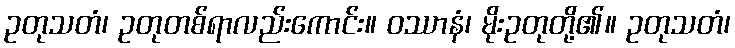
ဥတုသတံ၊ ဥတုတစ်ရာလည်းကောင်း။ ဝဿာနံ၊ မိုးဥတုတို့၏။ ဥတုသတံ၊